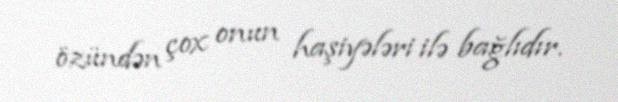
özündən çox onun haşiyələri ilə bağlıdır.